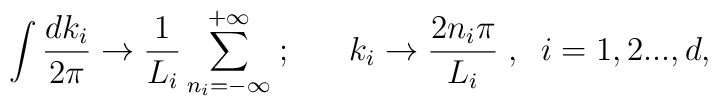
\int \frac{dk_{i}}{2\pi }\rightarrow \frac{1}{L_{i}}\sum_{n_{i}=-\infty}^{+\infty }\;;\;\;\;\;\;\;k_{i}\rightarrow \frac{2n_{i}\pi }{L_{i}} \;,\;\;i=1,2...,d,